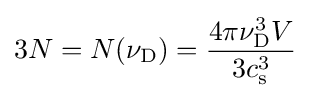
3N=N(\nu _{\rm {D}})={\frac {4\pi \nu _{\rm {D}}^{3}V}{3c_{\rm {s}}^{3}}}